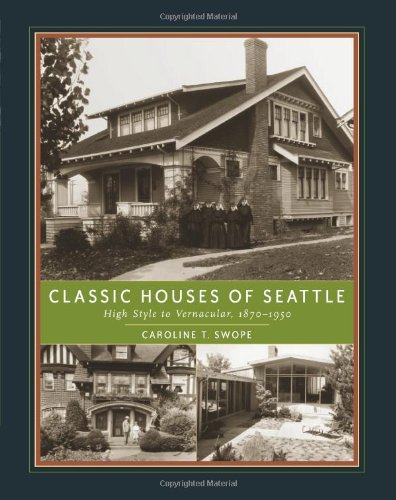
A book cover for Classic Houses of Seattle: High Style to Vernacular, 1870-1950 (The Classic Houses Series); Caroline T. Swope; Travel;